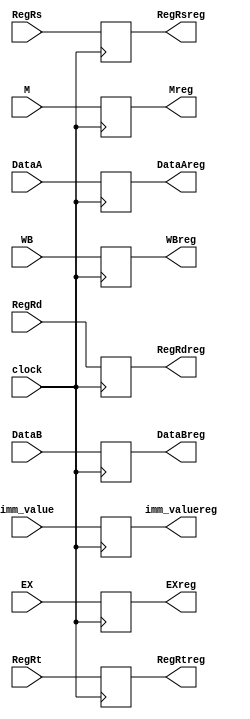
`timescale 1ns / 1ps
//////////////////////////////////////////////////////////////////////////////////
// Company: 
// Engineer: 
// 
// Design Name: 
// Module Name:    ID_EX 
// Project Name: 
// Target Devices: 
// Tool versions: 
// Description: 
//
// Dependencies: 
//
// Revision: 
// Revision 0.01 - File Created
// Additional Comments: 
//
//////////////////////////////////////////////////////////////////////////////////
module ID_EX(clock,WB,M,EX,DataA,DataB,imm_value,RegRs,RegRt,RegRd,WBreg,Mreg,EXreg,DataAreg, 
DataBreg,imm_valuereg,RegRsreg,RegRtreg,RegRdreg); 
    input clock; 
    input [1:0] WB; 
    input [2:0] M; 
    input [3:0] EX; 
    input [4:0] RegRs,RegRt,RegRd; 
    input [31:0] DataA,DataB,imm_value; 
    output [1:0] WBreg; 
    output [2:0] Mreg; 
    output [3:0] EXreg; 
    output [4:0] RegRsreg,RegRtreg,RegRdreg; 
    output [31:0] DataAreg,DataBreg,imm_valuereg; 
     
 
    reg [1:0] WBreg; 
    reg [2:0] Mreg; 
    reg [3:0] EXreg; 
    reg [31:0] DataAreg,DataBreg,imm_valuereg; 
    reg [4:0] RegRsreg,RegRtreg,RegRdreg; 
     
    initial begin 
        WBreg = 0; 
        Mreg = 0; 
        EXreg = 0; 
        DataAreg = 0; 
        DataBreg = 0; 
        imm_valuereg = 0; 
        RegRsreg = 0; 
        RegRtreg = 0; 
        RegRdreg = 0; 
    end 
     
    always@(posedge clock) 
    begin 
        WBreg <= WB; 
        Mreg <= M; 
        EXreg <= EX; 
        DataAreg <= DataA; 
        DataBreg <= DataB; 
        imm_valuereg <= imm_value; 
        RegRsreg <= RegRs; 
        RegRtreg <= RegRt; 
        RegRdreg <= RegRd; 
    end 
     
endmodule